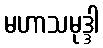
မဟာသမုဒ္ဒါ